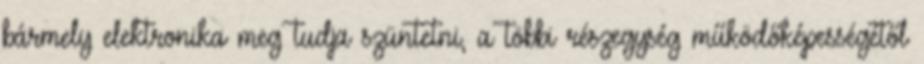
bármely elektronika meg tudja szüntetni, a többi részegység működőképességétől